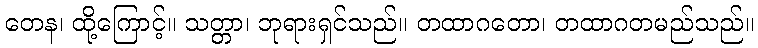
တေန၊ ထို့ကြောင့်။ သတ္တာ၊ ဘုရားရှင်သည်။ တထာဂတော၊ တထာဂတမည်သည်။